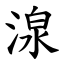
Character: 湶